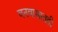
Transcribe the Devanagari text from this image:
वनवासातही